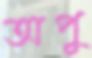
অপু